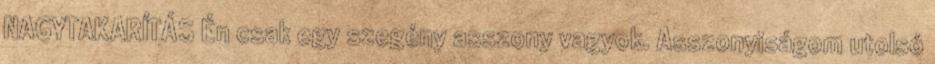
NAGYTAKARÍTÁS Én csak egy szegény asszony vagyok. Asszonyiságom utolsó